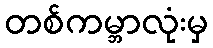
တစ်ကမ္ဘာလုံးမှ